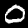
Digit: 0